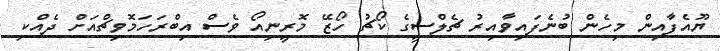
ޔޫއެފާއިން މިހެން ބުނެފައިވާއިރު ޗެލްސީގެ ކޯޗު ހޯޒޭ މޮރީނިއޯ ވެސް އިބްރަހަމޮވިޗްއަށް ދެއްކި